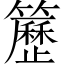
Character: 𥷒